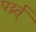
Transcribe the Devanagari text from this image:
पर्य्न्त्